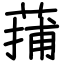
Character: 蒱